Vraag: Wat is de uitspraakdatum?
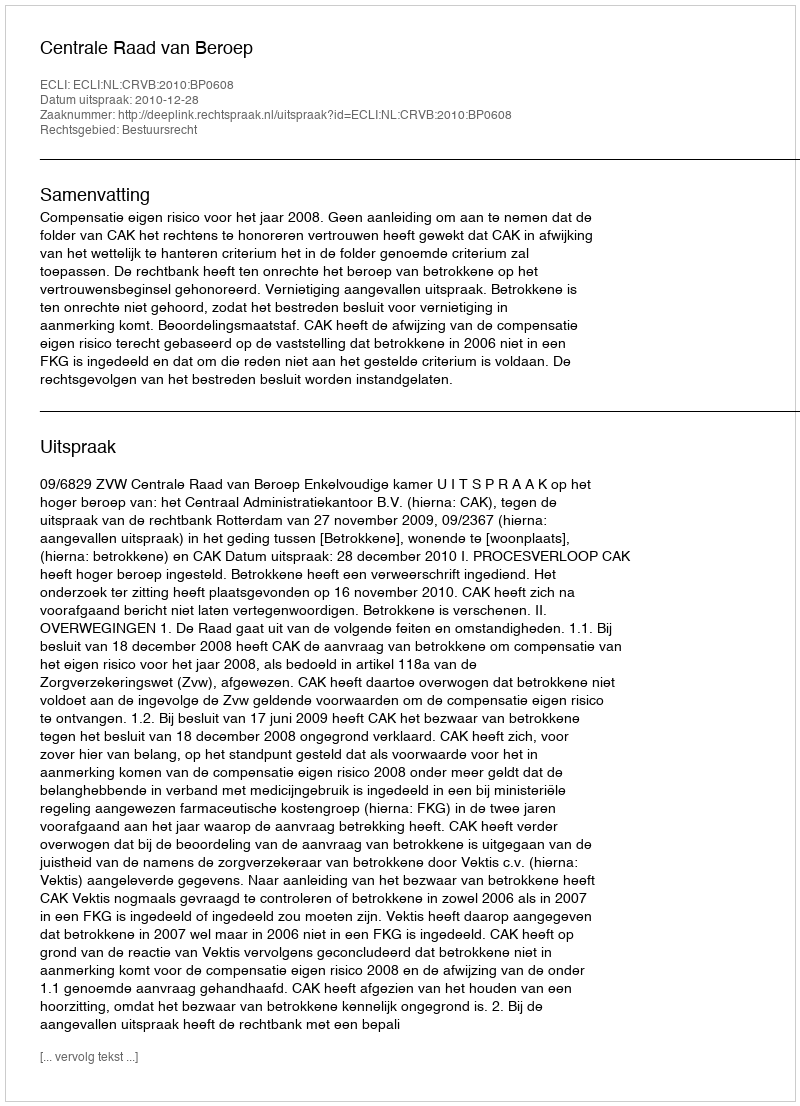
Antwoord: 2010-12-28